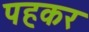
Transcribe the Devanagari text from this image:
पहकर